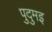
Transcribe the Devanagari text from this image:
पुदुमइ